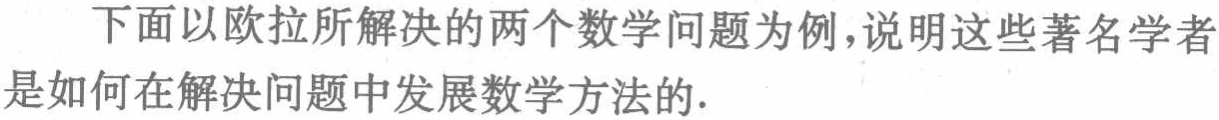
下面以欧拉所解决的两个数学问题为例,说明这些著名学者是如何在解决问题中发展数学方法的.